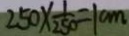
2 5 0 \times \frac { 1 } { 2 5 0 } = 1 0 m